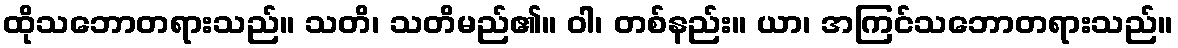
ထိုသဘောတရားသည်။ သတိ၊ သတိမည်၏။ ဝါ၊ တစ်နည်း။ ယာ၊ အကြင်သဘောတရားသည်။